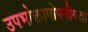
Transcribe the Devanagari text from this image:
उपभोक्तागोपनीयता